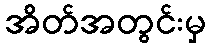
အိတ်အတွင်းမှ